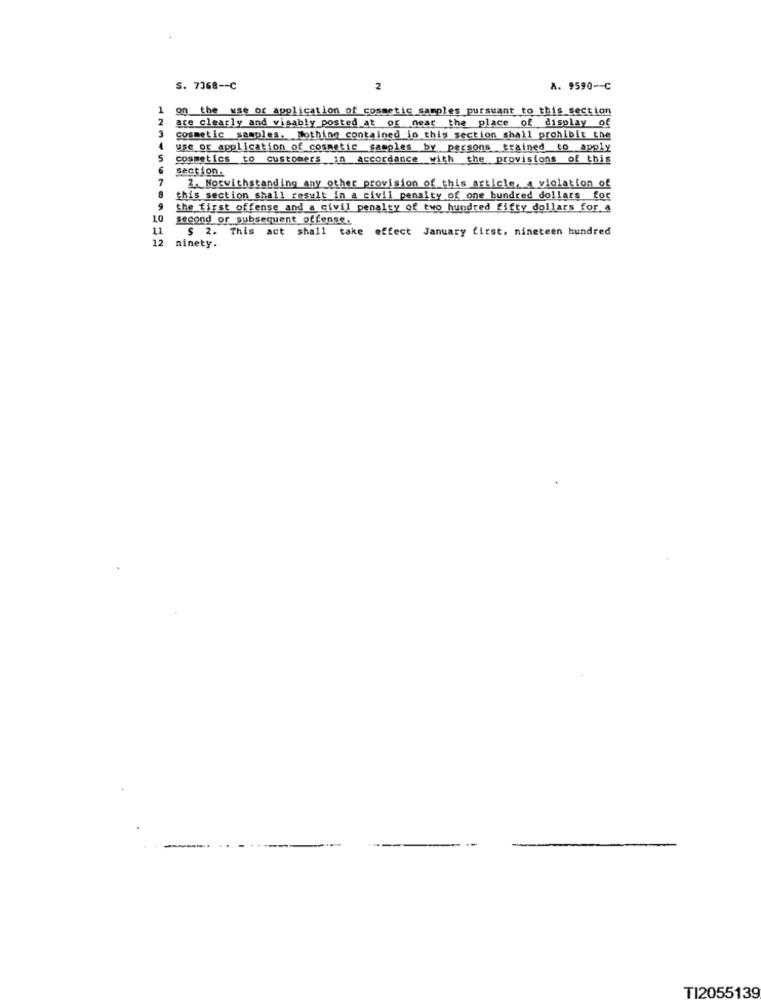
S. 7368 -- C
2
A. 9590 -- C
1
on the use of application of cosmetic samples pursuant to this section
2
are clearly and vigably posted at or near the place of display of
cosmetic samples. Nothing contained in this section shall prohibit the
4
5
cosmetics to customers in accordance with the provisions of this
section.
7
2. Notwithstanding any other provision of this article, a violation of
this section shall result in a civil penalty of one hundred dollars for
the first offense and a civil penalty of two hundred fifty dollars for.a
10
second or subsequent offense.
11
$ 2. This act shall take effect January first, nineteen hundred
12
ninety.
-... ...
TI2055139